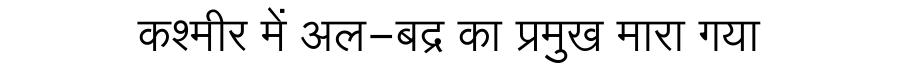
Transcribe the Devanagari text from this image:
कश्मीर में अल-बद्र का प्रमुख मारा गया